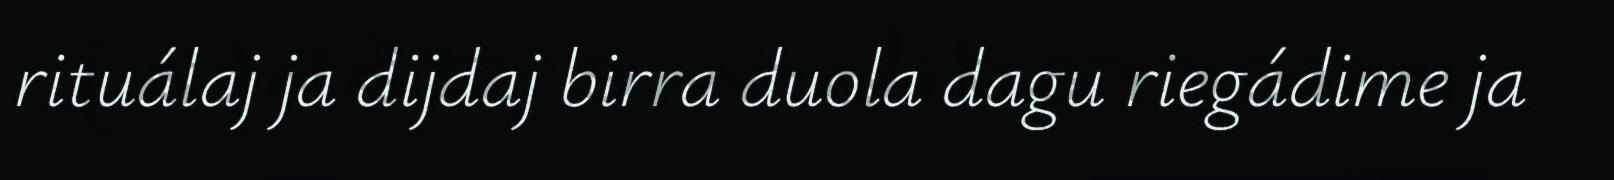
rituálaj ja dijdaj birra duola dagu riegádime ja